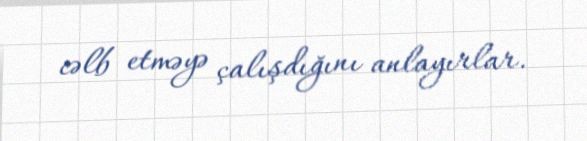
cəlb etməyə çalışdığını anlayırlar.